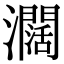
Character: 𤄃